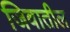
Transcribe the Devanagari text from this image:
जिवातील